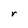
Character: r